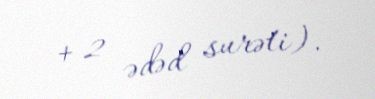
+ 2 ədəd surəti).